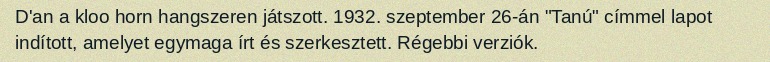
D'an a kloo horn hangszeren játszott. 1932. szeptember 26-án "Tanú" címmel lapot indított, amelyet egymaga írt és szerkesztett. Régebbi verziók.